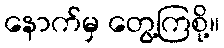
နောက်မှ တွေ့ကြစို့။